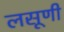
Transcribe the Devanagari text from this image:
लसूणी